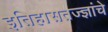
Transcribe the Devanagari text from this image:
इतिहासतज्ज्ञांचे